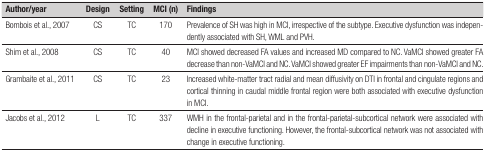
<table><thead><tr><td><b>Author/year</b></td><td><b>Design</b></td><td><b>Setting</b></td><td><b>MCI (n)</b></td><td><b>Findings</b></td></tr></thead><tbody><tr><td>Bombois et al., 2007</td><td>CS</td><td>TC</td><td>170</td><td>Prevalence of SH was high in MCI, irrespective of thesubtype. Executive dysfunction was independently associated with SH,WML and PVH.</td></tr><tr><td>Shim et al., 2008</td><td>CS</td><td>TC</td><td>40</td><td>MCI showed decreased FA values and increased MDcompared to NC. VaMCI showed greater FA decrease than non-VaMCI andNC. VaMCI showed greater EF impairments than non-VaMCI and NC.</td></tr><tr><td>Grambaite et al., 2011</td><td>CS</td><td>TC</td><td>23</td><td>Increased white-matter tract radial and meandiffusivity on DTI in frontal and cingulate regions and corticalthinning in caudal middle frontal region were both associated withexecutive dysfunction in MCI.</td></tr><tr><td>Jacobs et al., 2012</td><td>L</td><td>TC</td><td>337</td><td>WMH in the frontal-parietal and in thefrontal-parietal-subcortical network were associated with decline inexecutive functioning. However, the frontal-subcortical network wasnot associated with change in executive functioning.</td></tr></tbody></table>